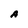
Character: A